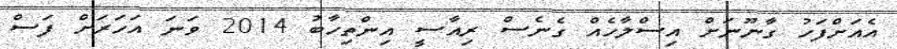
އެއަށްފަހު ގާނޫނަށް އިސްލާހެއް ގެނެސް ރިއާސީ އިންތިހާބު 2014 ވަނަ އަހަރަށް ފަސް